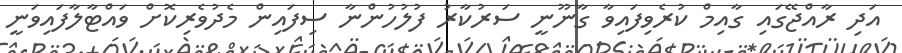
އަދި ރާއްޖޭގައި ގާއިމް ކުރެވިފައިވާ ގާނޫނީ ސަރުކާރު ފުލުހުންނާ ސިފައިން މެދުވެރިކޮށް ވައްޓާލާފައިވަނީ